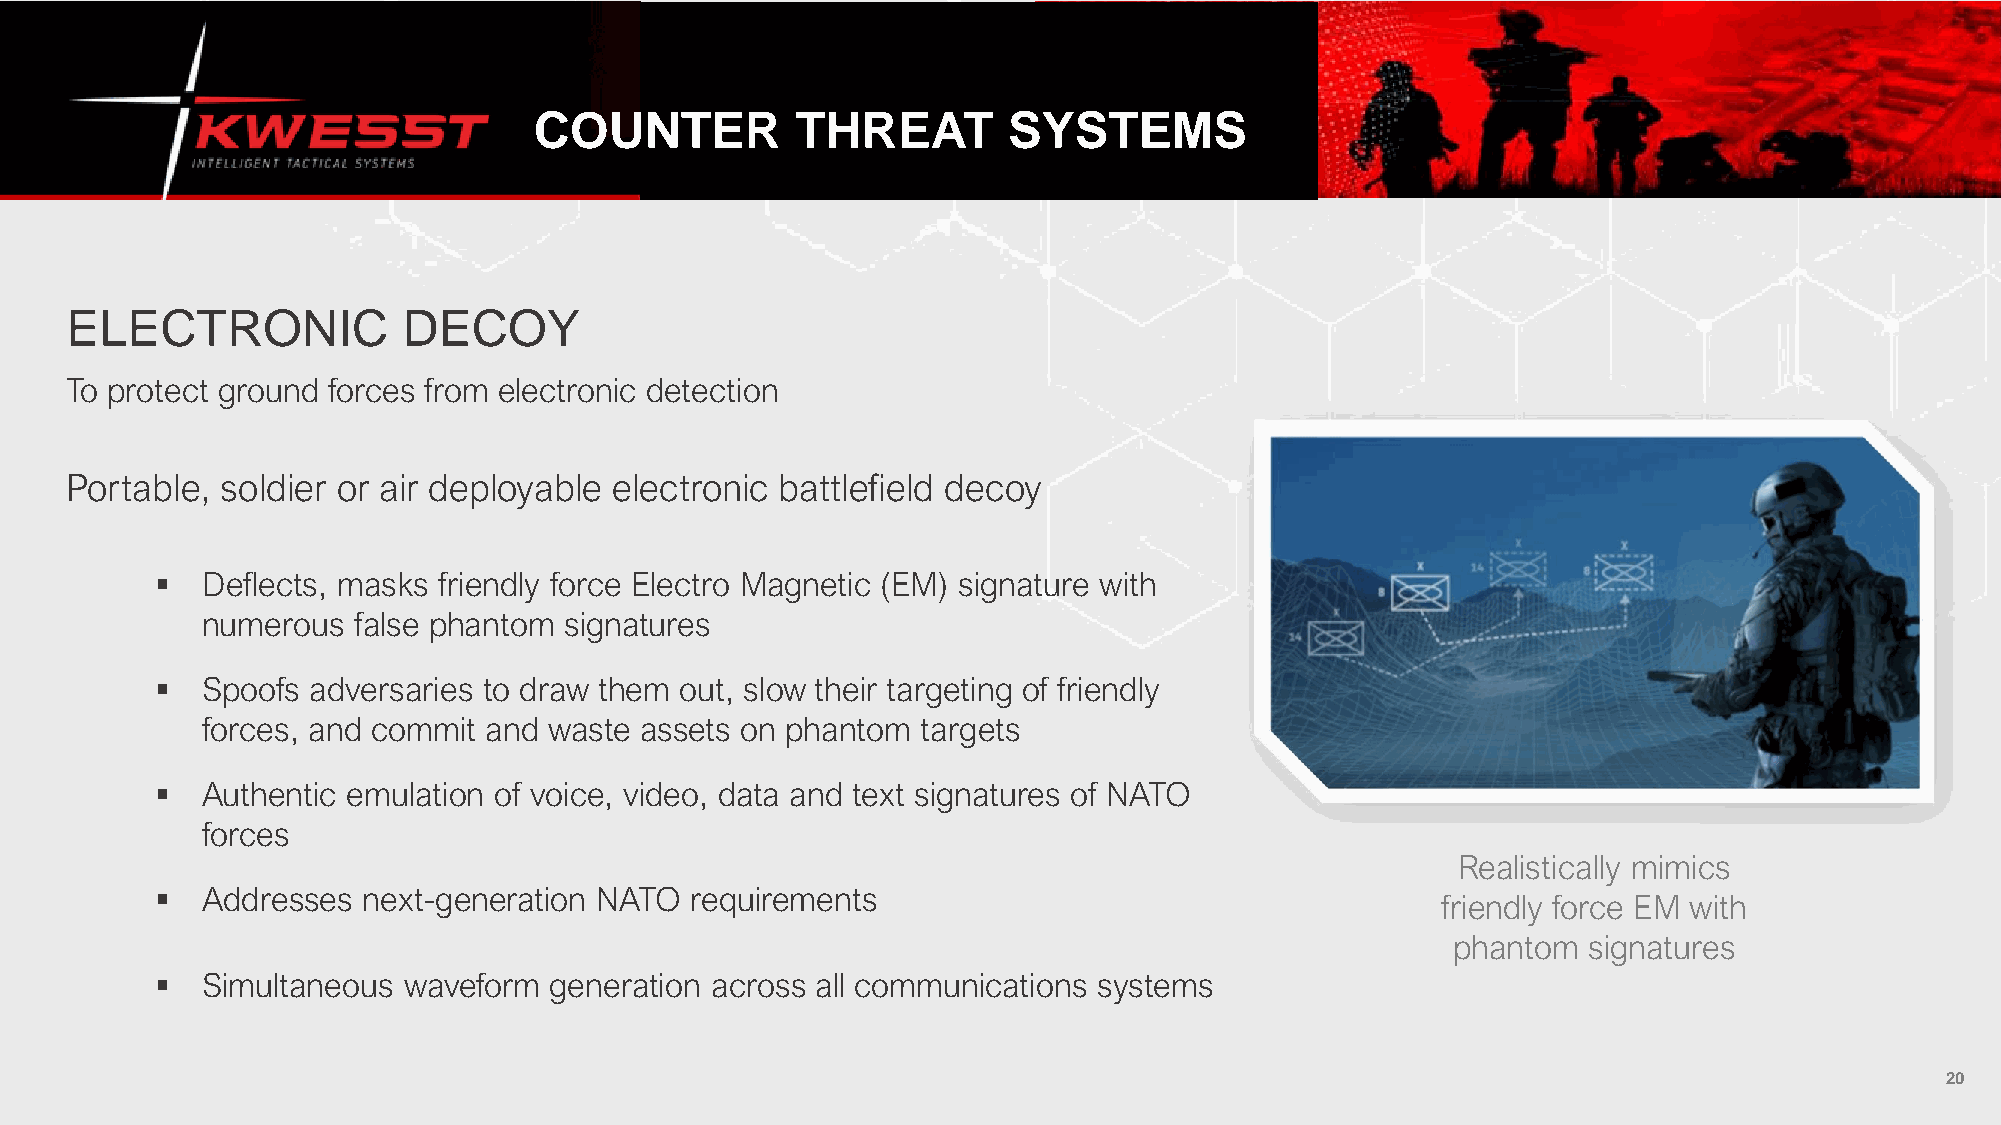
COUNTER           THREAT        SYSTEMS
 ELECTRONIC             DECOY
 To protect ground forces from electronic detection
 Portable,  soldier or air deployable electronic battlefield decoy
 ▪  Deflects, masks friendly force Electro Magnetic (EM) signature with
 numerous  false phantom signatures
 ▪  Spoofs  adversaries to draw them out, slow their targeting of friendly
 forces, and commit and waste assets on phantom  targets
 ▪  Authentic emulation of voice, video, data and text signatures of NATO
 forces
 Realistically mimics
 ▪  Addresses  next-generation NATO  requirements
 friendly force EM with
 phantom  signatures
 ▪  Simultaneous  waveform generation across all communications systems
 20